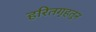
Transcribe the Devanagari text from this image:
हरितगृहतून